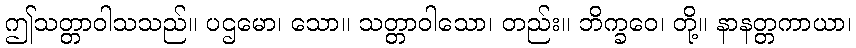
ဤသတ္တာဝါသသည်။ ပဌမော၊ သော။ သတ္တာဝါသော၊ တည်း။ ဘိက္ခဝေ၊ တို့။ နာနတ္တကာယာ၊